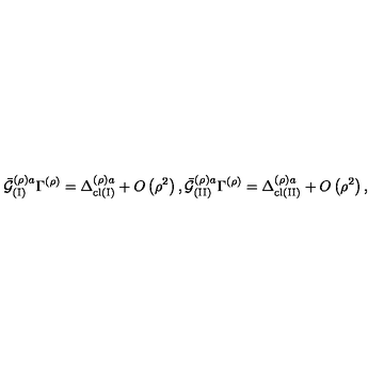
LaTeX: { \bar { { \cal G } } } _ { ( \mathrm { I } ) } ^ { \left( \rho \right) a } \Gamma ^ { \left( \rho \right) } = \Delta _ { \mathrm { c l } ( \mathrm { I } ) } ^ { \left( \rho \right) a } + O \left( \rho ^ { 2 } \right) , { \bar { { \cal G } } } _ { ( \mathrm { I I } ) } ^ { \left( \rho \right) a } \Gamma ^ { \left( \rho \right) } = \Delta _ { \mathrm { c l } ( \mathrm { I I } ) } ^ { \left( \rho \right) a } + O \left( \rho ^ { 2 } \right) ,